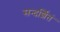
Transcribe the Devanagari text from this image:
सन्दर्शितं